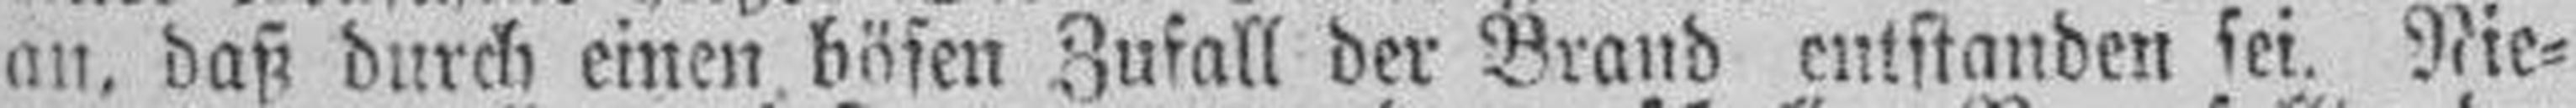
an, daß durch einen bösen Zufall der Brand entstanden sei. Nie¬